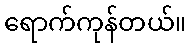
ရောက်ကုန်တယ်။